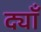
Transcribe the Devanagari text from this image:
द्याँ